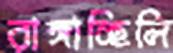
রাঙ্গাচ্ছিলি